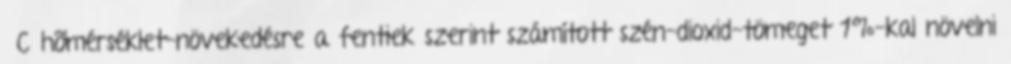
°C hõmérséklet-növekedésre a fentiek szerint számított szén-dioxid-tömeget 1%-kal növelni